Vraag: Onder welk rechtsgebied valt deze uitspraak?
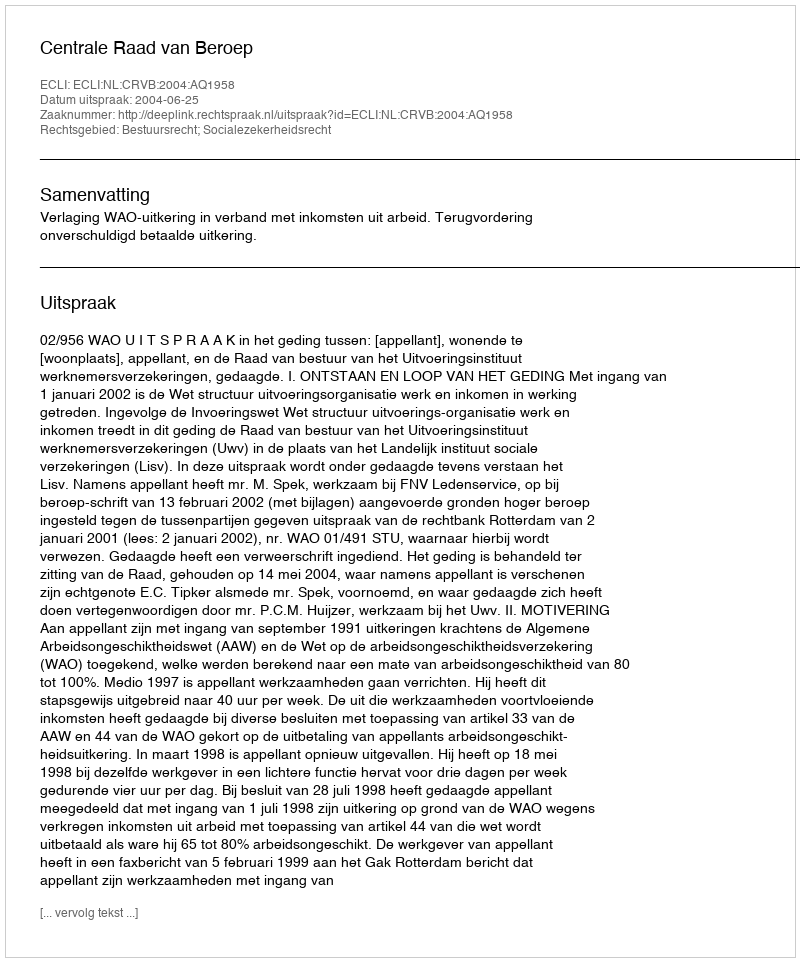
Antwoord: Bestuursrecht; Socialezekerheidsrecht